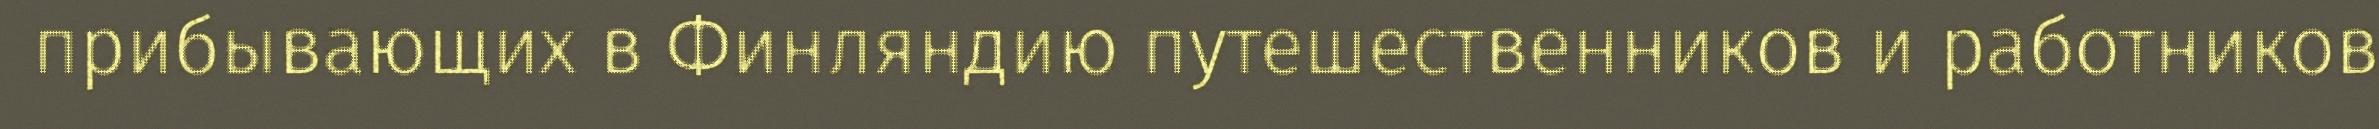
прибывающих в Финляндию путешественников и работников